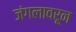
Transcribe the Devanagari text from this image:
जंगलावरून